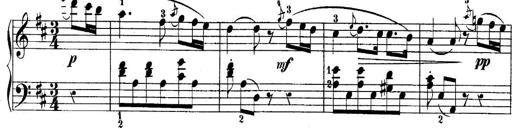
Title: 10 Sonatines progressives
Composer: Anton Schmoll